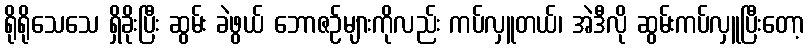
ရိုရိုသေသေ ရှိခိုးပြီး ဆွမ်း ခဲဖွယ် ဘောဇဉ်များကိုလည်း ကပ်လှူတယ်၊ အဲဒီလို ဆွမ်းကပ်လှူပြီးတော့